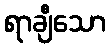
ရာချီသော